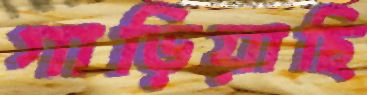
গাড়িয়াছি